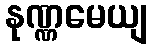
နုဏ္ဏမေယျ